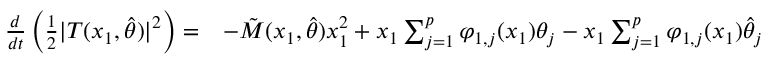
\begin{array} { r l } { \frac { d } { d t } \left( \frac { 1 } { 2 } \vert T ( x _ { 1 } , \hat { \theta } ) \vert ^ { 2 } \right) = } & { - \tilde { M } ( x _ { 1 } , \hat { \theta } ) x _ { 1 } ^ { 2 } + x _ { 1 } \sum _ { j = 1 } ^ { p } \varphi _ { 1 , j } ( x _ { 1 } ) \theta _ { j } - x _ { 1 } \sum _ { j = 1 } ^ { p } \varphi _ { 1 , j } ( x _ { 1 } ) \hat { \theta } _ { j } } \end{array}